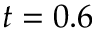
t = 0 . 6